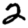
Digit: 2